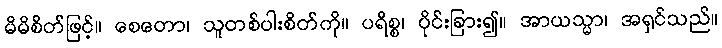
မိမိစိတ်ဖြင့်။ စေတော၊ သူတစ်ပါးစိတ်ကို။ ပရိစ္စ၊ ပိုင်းခြား၍။ အာယသ္မာ၊ အရှင်သည်။